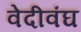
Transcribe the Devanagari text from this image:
वेदीवंघ